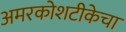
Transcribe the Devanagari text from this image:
अमरकोशटीकेचा